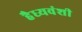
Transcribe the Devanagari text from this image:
हैध्यवंशी